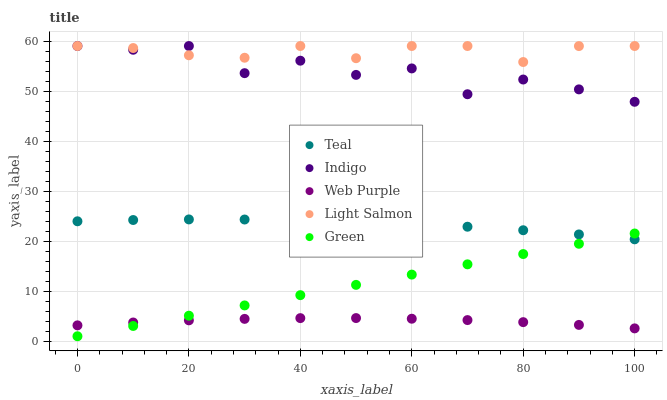
| xaxis_label | Teal | Indigo | Web Purple | Light Salmon | Green |
 | --- | --- | --- | --- | --- | --- |
 | 0 | 24 | 59 | 3.18 | 59 | 1 |
 | 10 | 24.2 | 58.3 | 3.75 | 58.6 | 3.05 |
 | 20 | 24.3 | 59 | 4.18 | 57.2 | 5.11 |
 | 30 | 24.3 | 53.6 | 4.47 | 56.7 | 7.16 |
 | 40 | 24.2 | 56.1 | 4.62 | 59 | 9.21 |
 | 50 | 23.9 | 53.2 | 4.63 | 56.6 | 11.3 |
 | 60 | 23.5 | 54.5 | 4.5 | 59 | 13.3 |
 | 70 | 22.9 | 49.4 | 4.23 | 59 | 15.4 |
 | 80 | 22.2 | 52.3 | 3.82 | 55.8 | 17.4 |
 | 90 | 21.3 | 50.3 | 3.27 | 59 | 19.5 |
 | 100 | 20.4 | 47.9 | 2.57 | 59 | 21.5 |